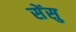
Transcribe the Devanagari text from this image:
सेंसु